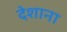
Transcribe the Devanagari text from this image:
देशाना